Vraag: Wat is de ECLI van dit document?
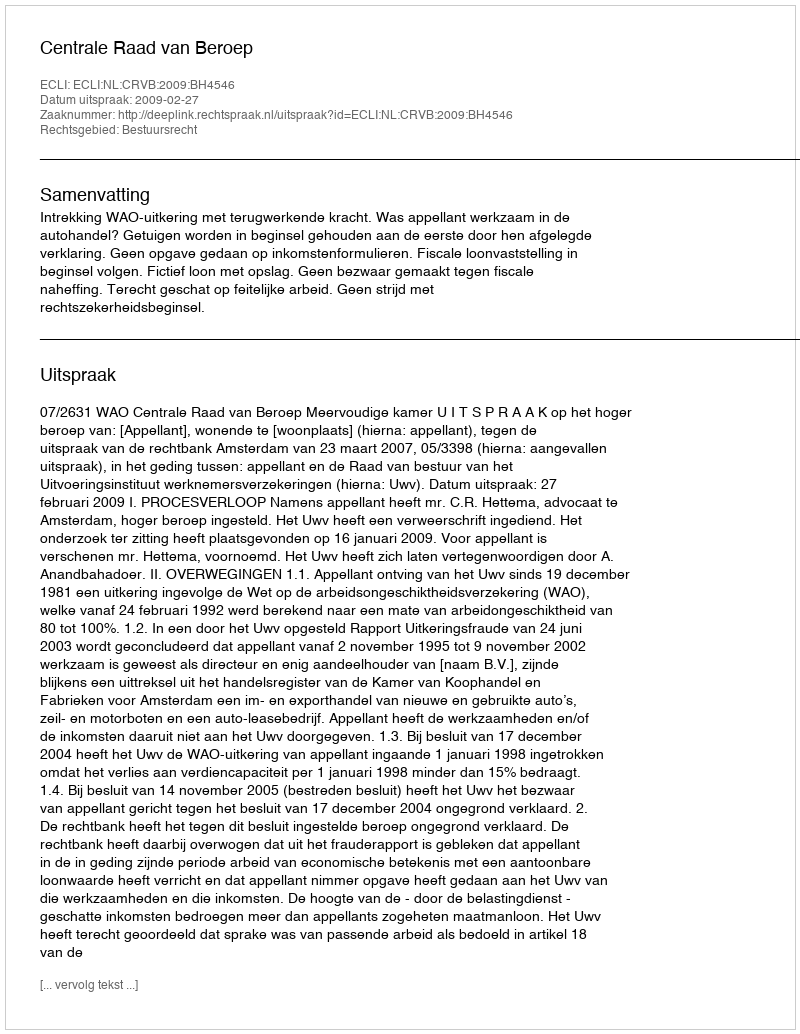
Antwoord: ECLI:NL:CRVB:2009:BH4546